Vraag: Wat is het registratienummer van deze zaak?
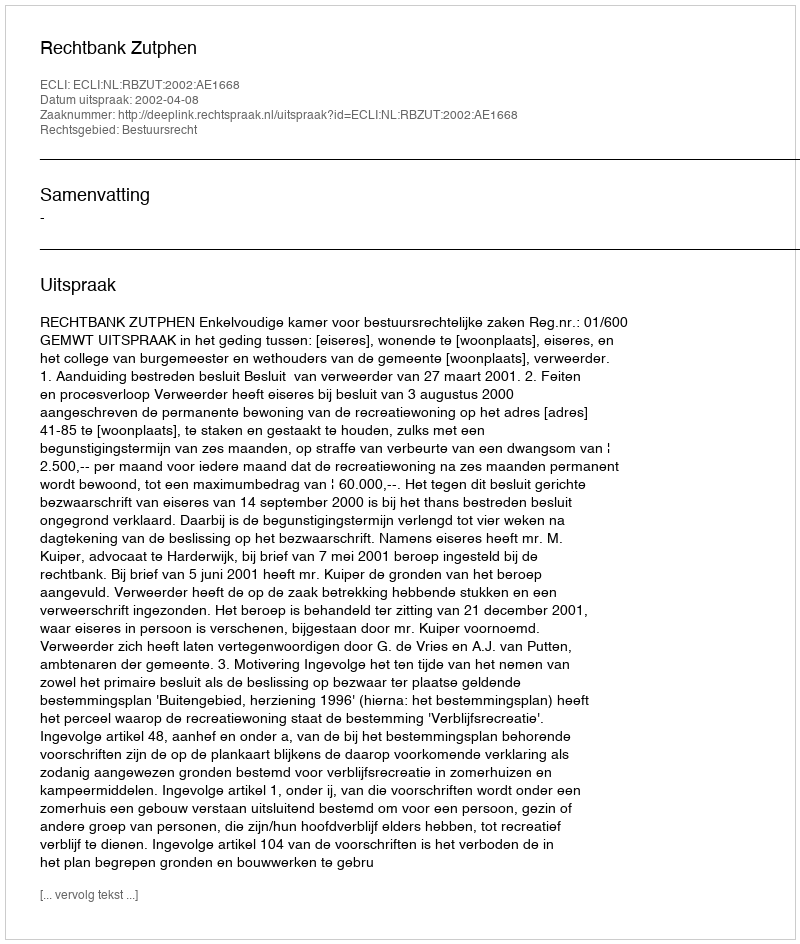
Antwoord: http://deeplink.rechtspraak.nl/uitspraak?id=ECLI:NL:RBZUT:2002:AE1668